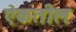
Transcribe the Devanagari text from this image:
ऐकतील